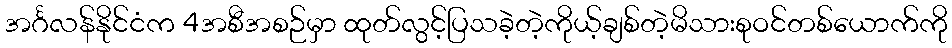
အင်္ဂလန်နိုင်ငံက 4အစီအစဉ်မှာ ထုတ်လွင့်ပြသခဲ့တဲ့ကိုယ့်ချစ်တဲ့မိသားစုဝင်တစ်ယောက်ကို